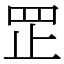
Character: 𦊆